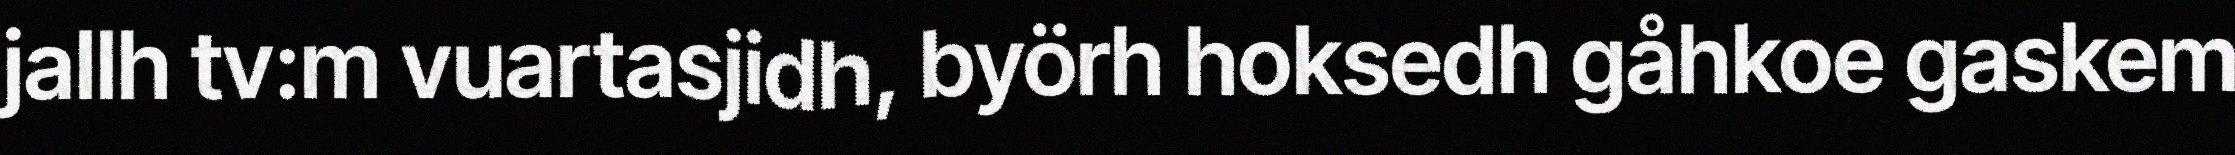
jallh tv:m vuartasjidh, byörh hoksedh gåhkoe gaskem